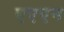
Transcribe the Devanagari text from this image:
एएएन